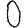
Digit: 0